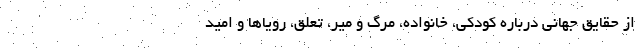
از حقایق جهانی درباره کودکی، خانواده، مرگ و میر، تعلق، رویاها و امید